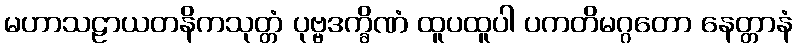
မဟာသဠာယတနိကသုတ္တံ ပုဗ္ဗဒက္ခိဏံ ထူပထူပါ ပကတိမဂ္ဂတော နေတ္တာနံ